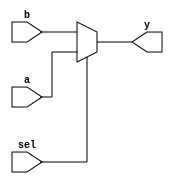
`timescale 1ns / 1ps
//////////////////////////////////////////////////////////////////////////////////
// Company: 
// Engineer:  
// 
// Design Name: 
// Module Name: mux2to1
// Project Name: 
// Target Devices: 
// Tool Versions: 
// Description: 
// 
// Dependencies: 
// 
// Revision:
// Revision 0.01 - File Created
// Additional Comments:
// 
//////////////////////////////////////////////////////////////////////////////////


module mux2to1(
    input a,
    input b,
    input sel,
    output y
    //output c
    );
    assign y=sel?a:b;
    //xor
endmodule